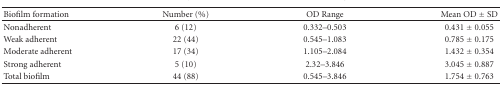
<table><thead><tr><td><b>Biofilm formation</b></td><td><b>Number (%)</b></td><td><b>OD Range</b></td><td><b>Mean OD ± SD</b></td></tr></thead><tbody><tr><td>Nonadherent</td><td>6 (12)</td><td>0.332–0.503</td><td>0.431 ± 0.055</td></tr><tr><td>Weak adherent</td><td>22 (44)</td><td>0.545–1.083</td><td>0.785 ± 0.175</td></tr><tr><td>Moderate adherent</td><td>17 (34)</td><td>1.105–2.084</td><td>1.432 ± 0.354</td></tr><tr><td>Strong adherent</td><td>5 (10)</td><td>2.32–3.846</td><td>3.045 ± 0.887</td></tr><tr><td>Total biofilm</td><td> 44 (88)</td><td> 0.545–3.846</td><td> 1.754 ± 0.763</td></tr></tbody></table>